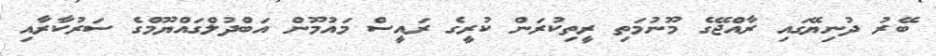
ބޭރު ދުނިޔޭގައި ރާއްޖޭގެ މޫނުމަތި ރީތިކުރަން ކުރީގެ ރައީސް މައުމޫން އަބްދުލްގައްޔޫމްގެ ސަރުކާރާއި